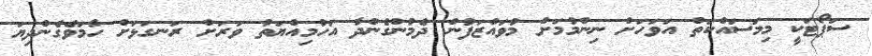
ސަޕޯޓަކީ މިމަސައްކަތް އަވަހަށް ނިންމުމަށް މުވައްޒަފުން ދެމުންގެންދާ އަހުމިއްޔަތު ވަރަށް ރަނގަޅަށް ހާމަވެގެންދިޔަ